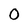
Character: O